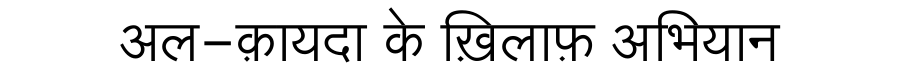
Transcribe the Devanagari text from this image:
अल-क़ायदा के ख़िलाफ़ अभियान